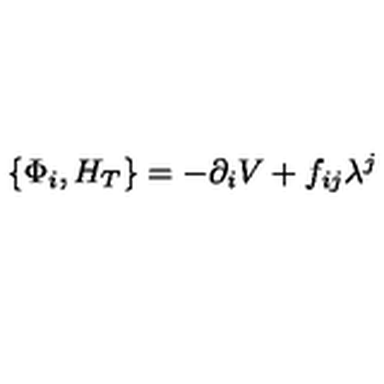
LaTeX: \left\{ \Phi _ { i } , H _ { T } \right\} = - \partial _ { i } V + f _ { i j } \lambda ^ { j }